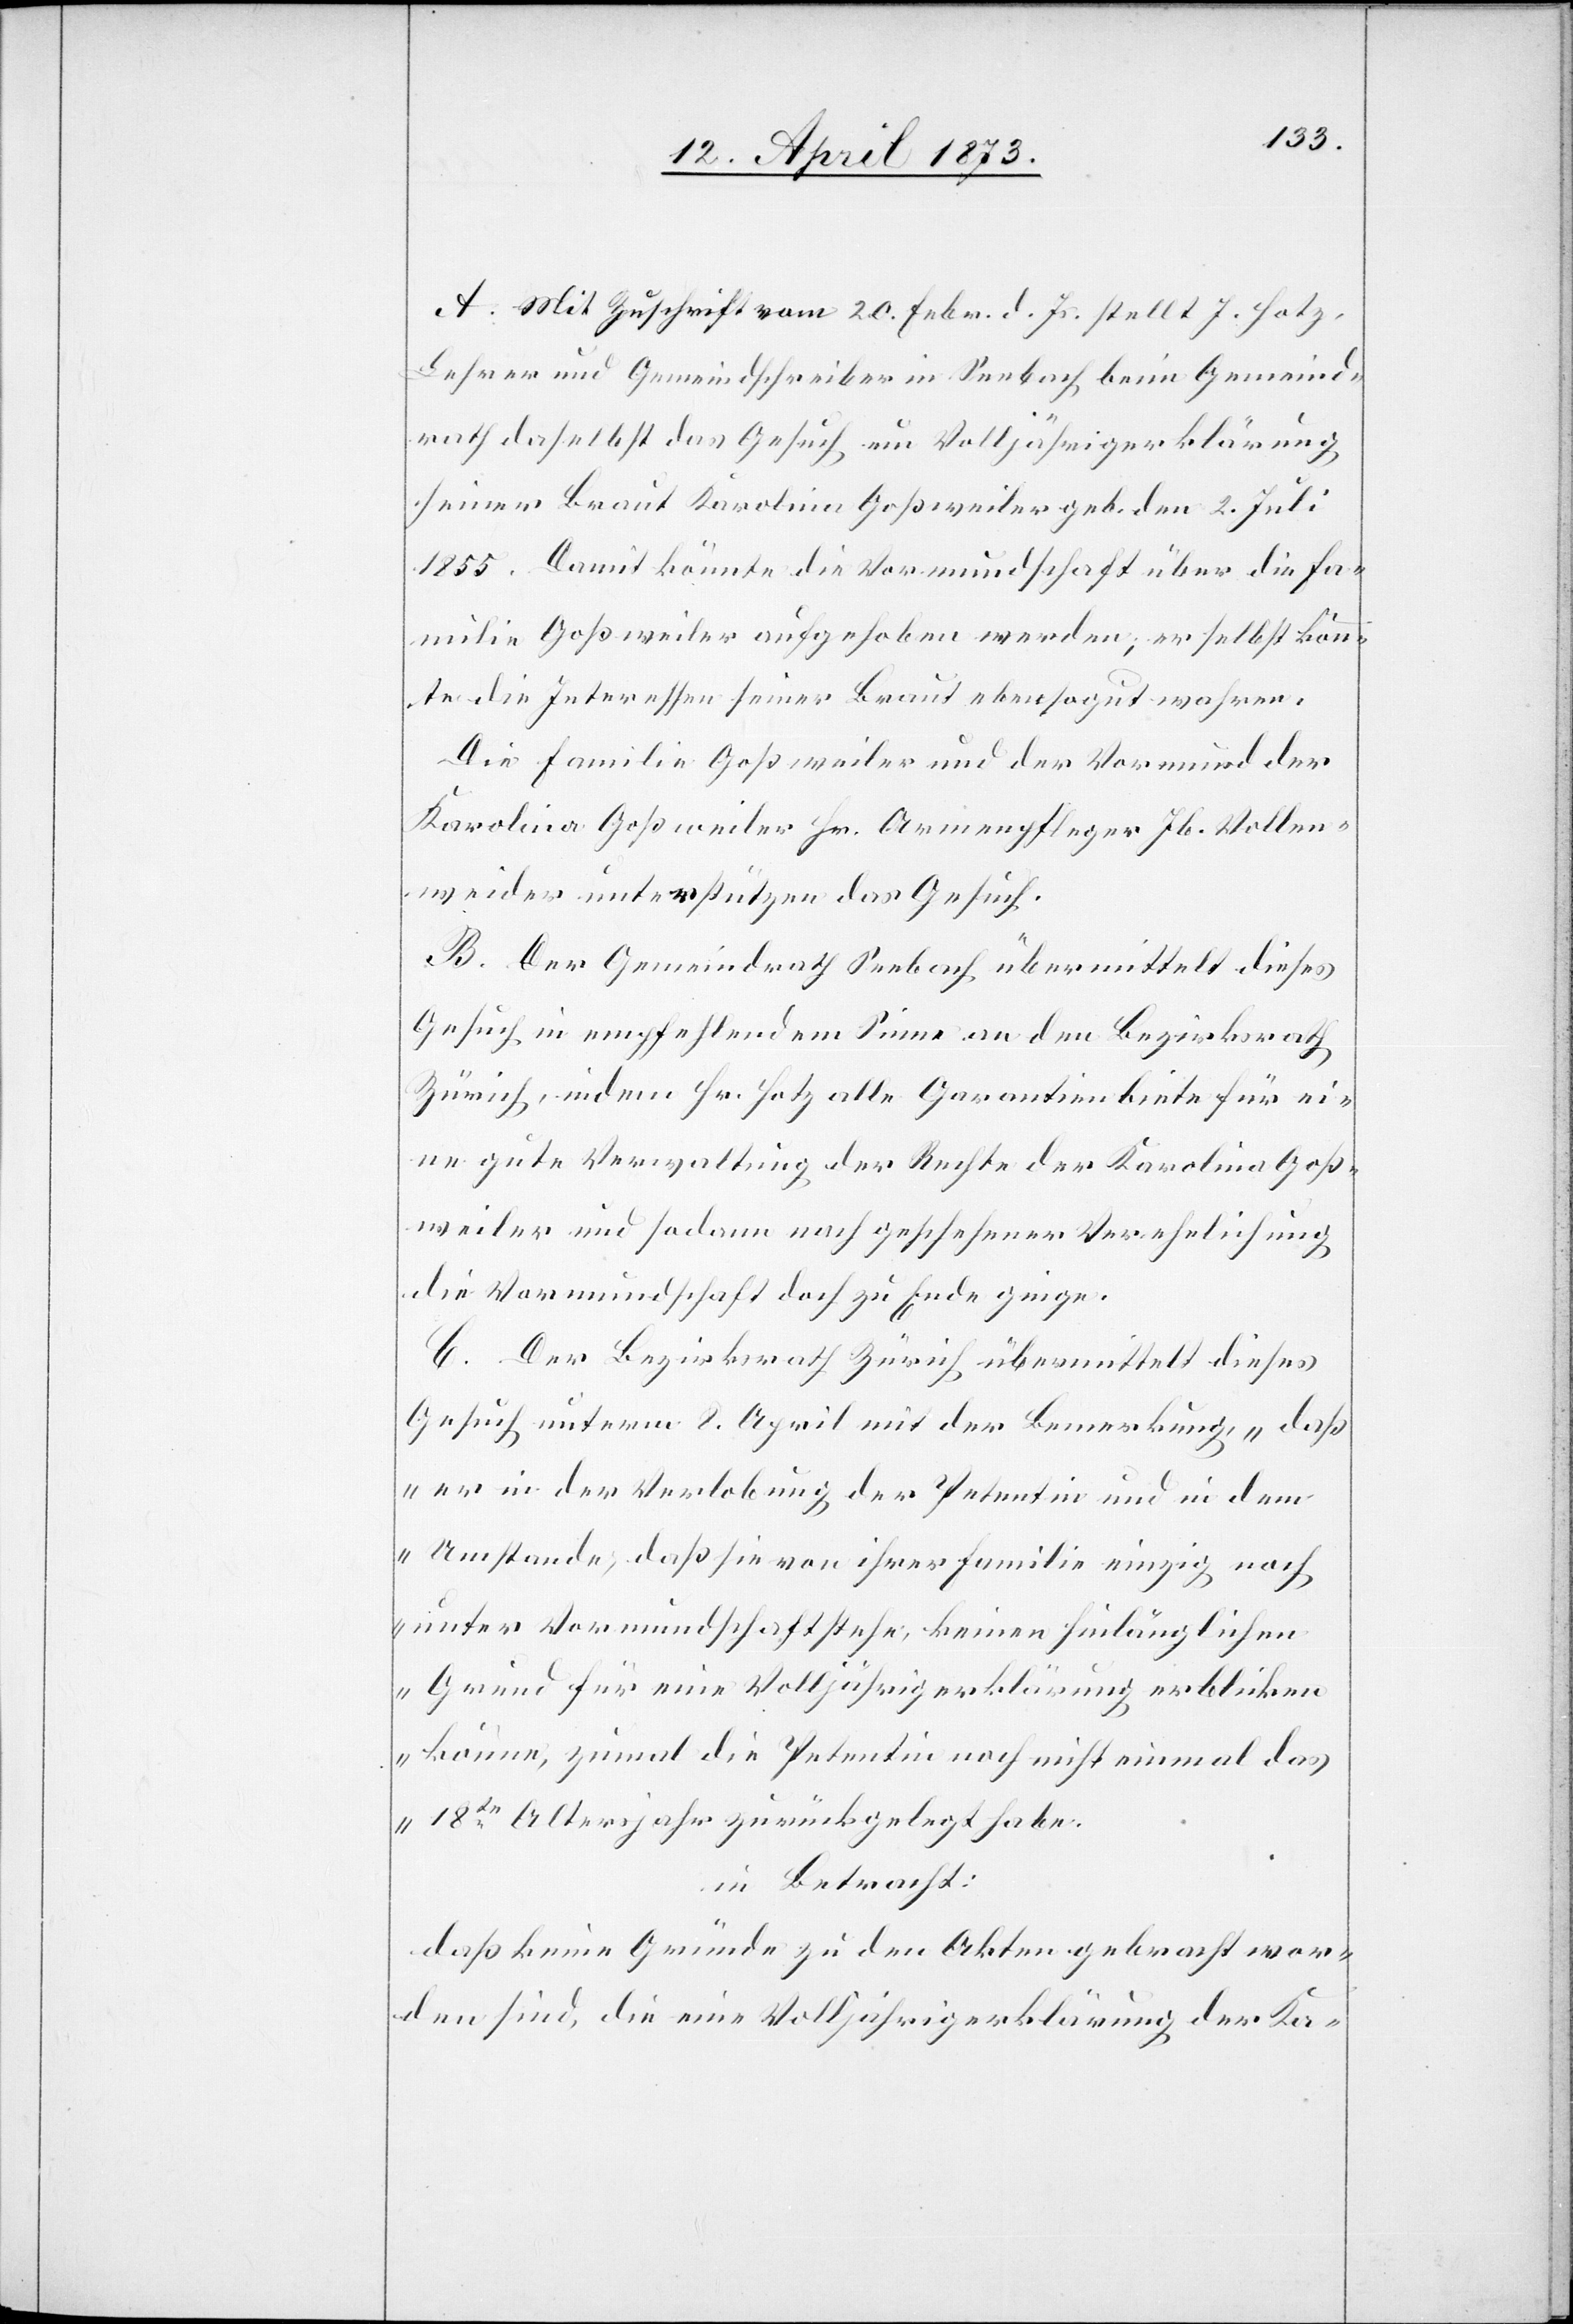
A. Mit Zuschrift vom 10. Febr. d. Js. stellt J. Hotz,
Lehrer und Gemeindschreiber in Seebach beim Gemeind¬
rath daselbst das Gesuch um Volljährigerklärung
seiner Braut Karolina Goßweiler geb. den 2. Juli
1855. Damit könnte die Vormundschaft über die Fa¬
milie Goßweiler aufgehoben werden; er selbst könn¬
te die Interessen seiner Braut ebensogut wahren.
Die Familie Goßweiler und der Vormund der
Karolina Goßweiler Hr. Armenpfleger Jb. Vollen¬
weider unterstützen das Gesuch.
B. Der Gemeindrath Seebach übermittelt dieses
Gesuch in empfehlendem Sinne an den Bezirksrath
Zürich, indem Hr. Hotz alle Garantien biete für ei¬
ne gute Verwaltung der Rechte der Karolina Goß¬
weiler und sodann nach geschehener Verehelichung
die Vormundschaft doch zu Ende ginge.
C. Der Bezirksrath Zürich übermittelt dieses
Gesuch unterm 8. April mit der Bemerkung, „daß
er in der Verlobung der Petentin und in dem
Umstande, daß sie von ihrer Familie einzig noch
unter Vormundschaft stehe, keinen hinlänglichen
Grund für eine Volljährigerklärung erblicken
könne, zumal die Petentin noch nicht einmal das
18te Altersjahr zurückgelegt habe.“
in Betracht:
daß keine Gründe zu den Akten gebracht wor¬
den sind, die eine Volljährigerklärung der Ka-